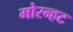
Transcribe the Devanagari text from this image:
मोरन्हट